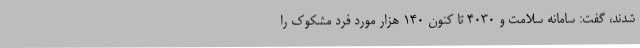
شدند، گفت: سامانه سلامت و 4030 تا کنون 140 هزار مورد فرد مشکوک را